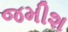
જમીશ